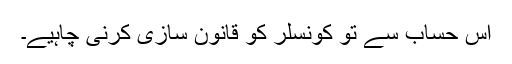
اس حساب سے تو کونسلر کو قانون سازی کرنی چاہیے۔